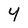
Character: 4